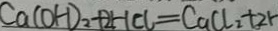
C a ( O H ) _ { 3 } + 2 H C l = C a C l _ { 2 } + 2 H